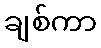
ချစ်ကာ